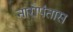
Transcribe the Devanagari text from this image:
नारोपंतास